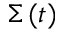
\Sigma \, ( t )